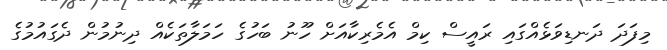
މިފަދަ ދަނޑިވަޅެއްގައި ރައީސް ކިމް އެމެރިކާއަށް ހޫނު ބަހުގެ ހަމަލާތަކެއް ދިނުމުން ދެގައުމުގެ